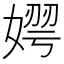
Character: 𡟂